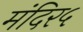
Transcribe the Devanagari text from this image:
मंदिर५